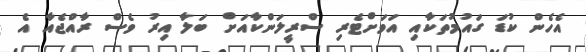
އެހެން ކުޑަ ގައުމުތަކާއި އަވަށްޓެރި ސްރީލަންކާއަށް ބަލާ އިރު ވެސް ރާއްޖެއާ އެ